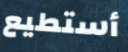
أستطيع